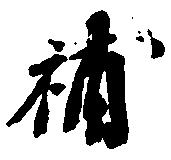
補